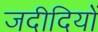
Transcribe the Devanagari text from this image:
जदीदियों